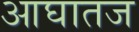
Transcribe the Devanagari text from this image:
आघातज